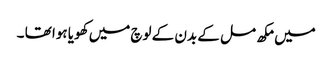
میں مکھ مل کے بدن کے لوچ میں کھویا ہوا تھا ۔